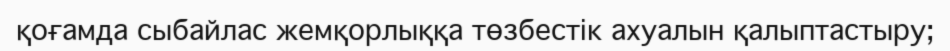
қоғамда сыбайлас жемқорлыққа төзбестік ахуалын қалыптастыру;